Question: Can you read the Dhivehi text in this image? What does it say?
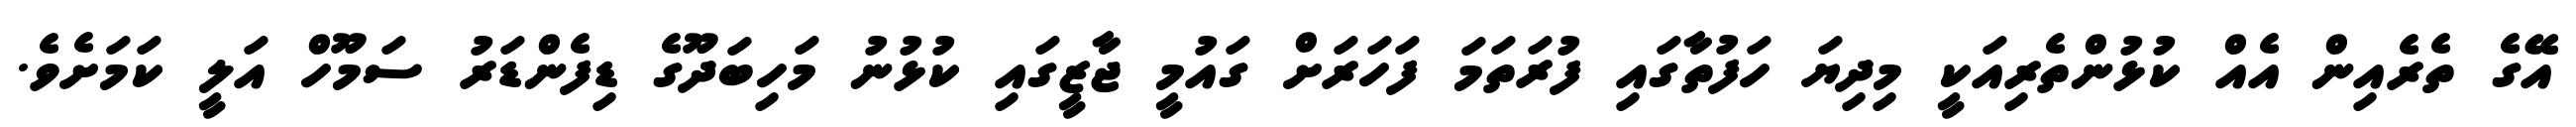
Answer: އޭގެ ތެރެއިން އެއް ކުޅުންތެރިއަކީ މިދިޔަ ހަފުތާގައި ފުރަތަމަ ފަހަރަށް ގައުމީ ޖާޒީގައި ކުޅުނު މަހިބަދޫގެ ޑިފެންޑަރު ސަމޫހް އަލީ ކަމަށެވެ.